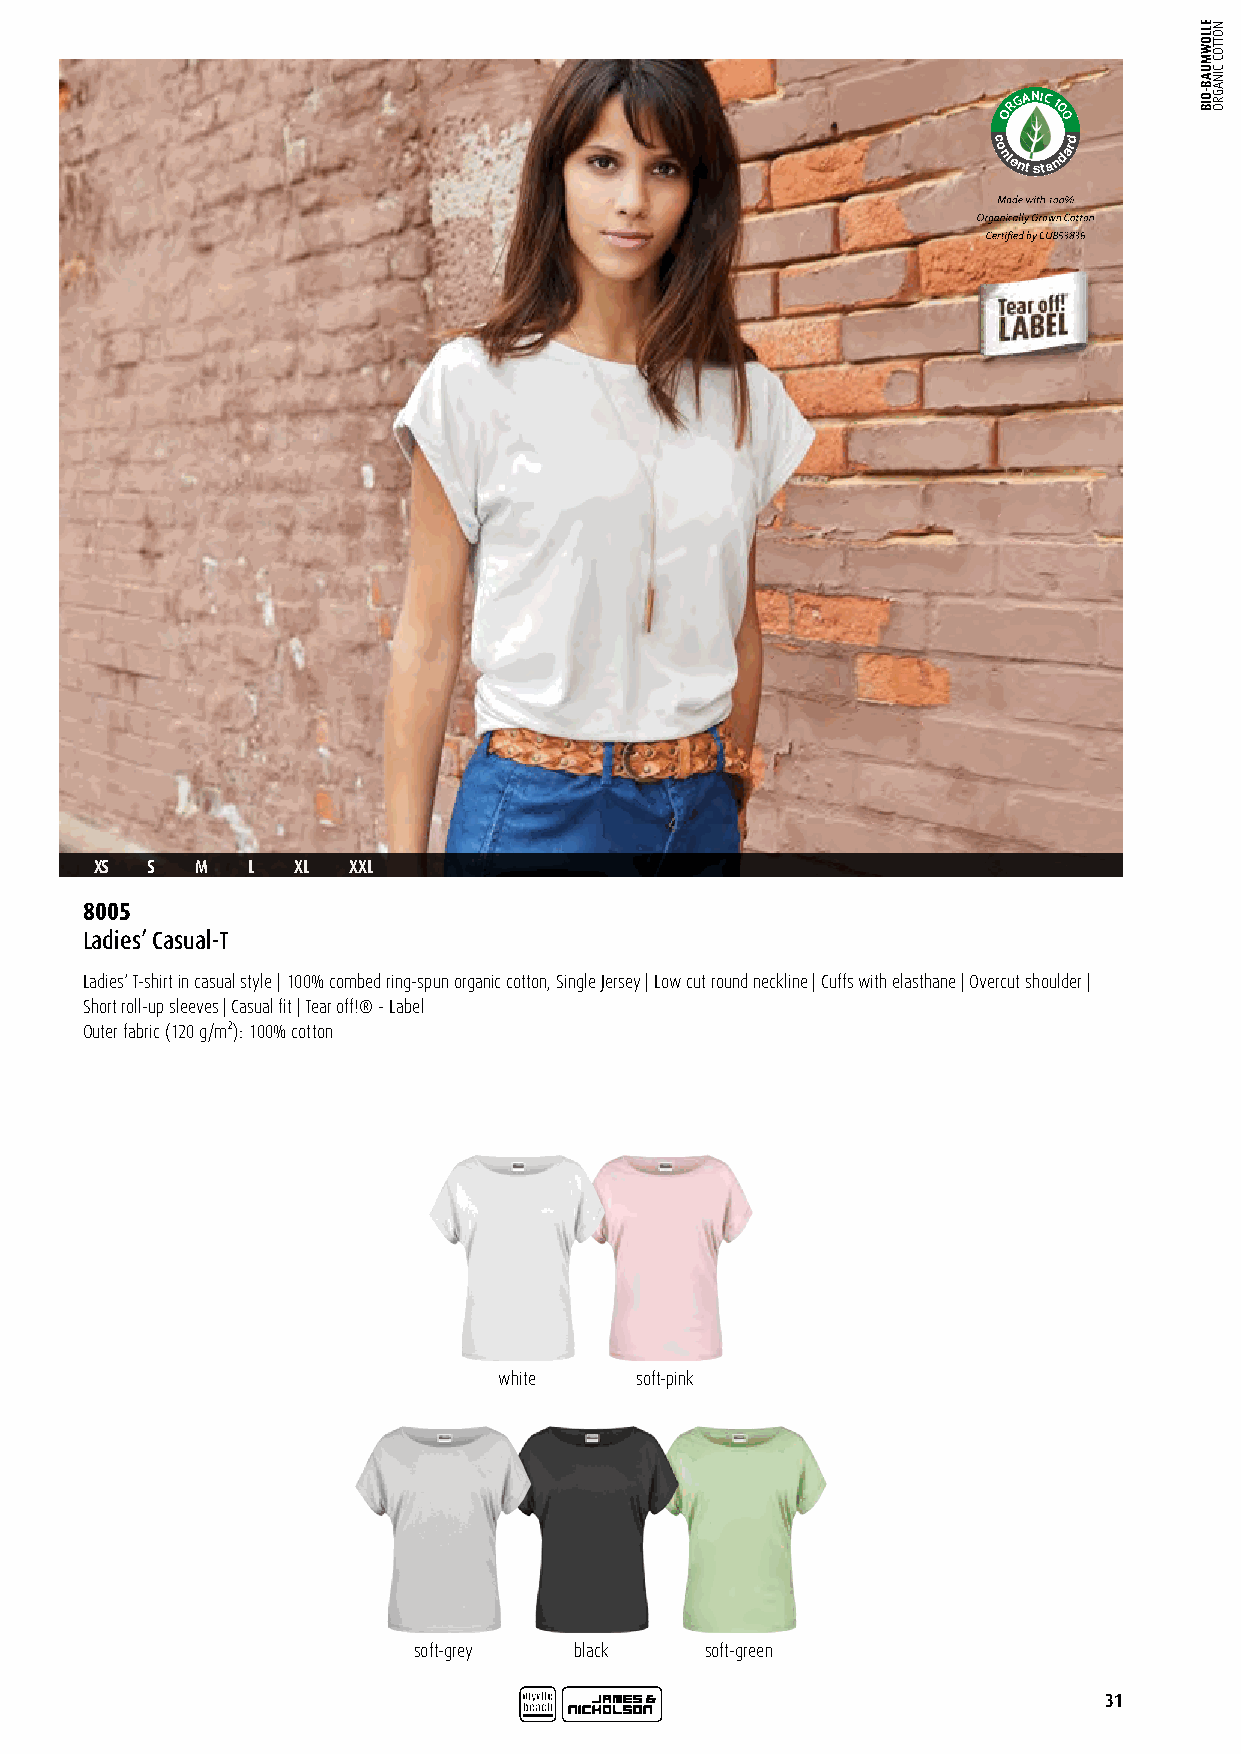
RGANIC
 1
 O   0
 0
 c
 o
 ntent
 sta
 ndard
 Certified by CU 853836
 XS  S  M  L   XL XXL
 8005
 Ladies’ Casual-T
 Ladies‘ T-shirt in casual style | 100% combed ring-spun organic cotton, Single Jersey | Low cut round neckline | Cuffs with elasthane | Overcut shoulder |
 Short roll-up sleeves | Casual fit | Tear off!® - Label
 Outer fabric (120 g/m²): 100% cotton
 white    soft-pink
 soft-grey  black    soft-green
 31
 ELLOWMUAB-OIB NOTTOC
 CINAGRO